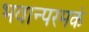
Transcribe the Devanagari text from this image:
भवान्परमकं